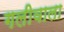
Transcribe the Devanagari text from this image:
गलीवाला